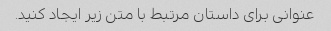
عنوانی برای داستان مرتبط با متن زیر ایجاد کنید.